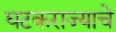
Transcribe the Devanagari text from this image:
घटकराज्याचे